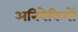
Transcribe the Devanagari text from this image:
अनिवेकियों